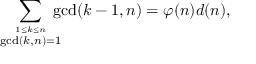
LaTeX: \sum _ { \stackrel { 1 \leq k \leq n } { \operatorname* { g c d } ( k , n ) = 1 } } \! \! \! \! \operatorname* { g c d } ( k - 1 , n ) = \varphi ( n ) d ( n ) ,